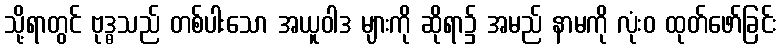
သို့ရာတွင် ဗုဒ္ဓသည် တစ်ပါးသော အယူဝါဒ များကို ဆိုရာ၌ အမည် နာမကို လုံးဝ ထုတ်ဖော်ခြင်း